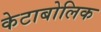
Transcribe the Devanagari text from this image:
केटाबोलिक